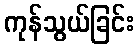
ကုန်သွယ်ခြင်း